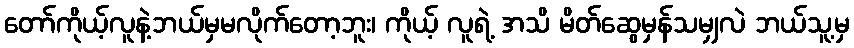
တော်ကိုယ့်လူနဲ့ဘယ်မှမလိုက်တော့ဘူး၊ ကိုယ့် လူရဲ့ အသိ မိတ်ဆွေမှန်သမျှလဲ ဘယ်သူ့မှ